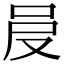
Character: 𠰎